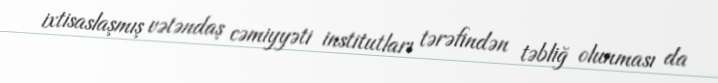
ixtisaslaşmış vətəndaş cəmiyyəti institutları tərəfindən təbliğ olunması da